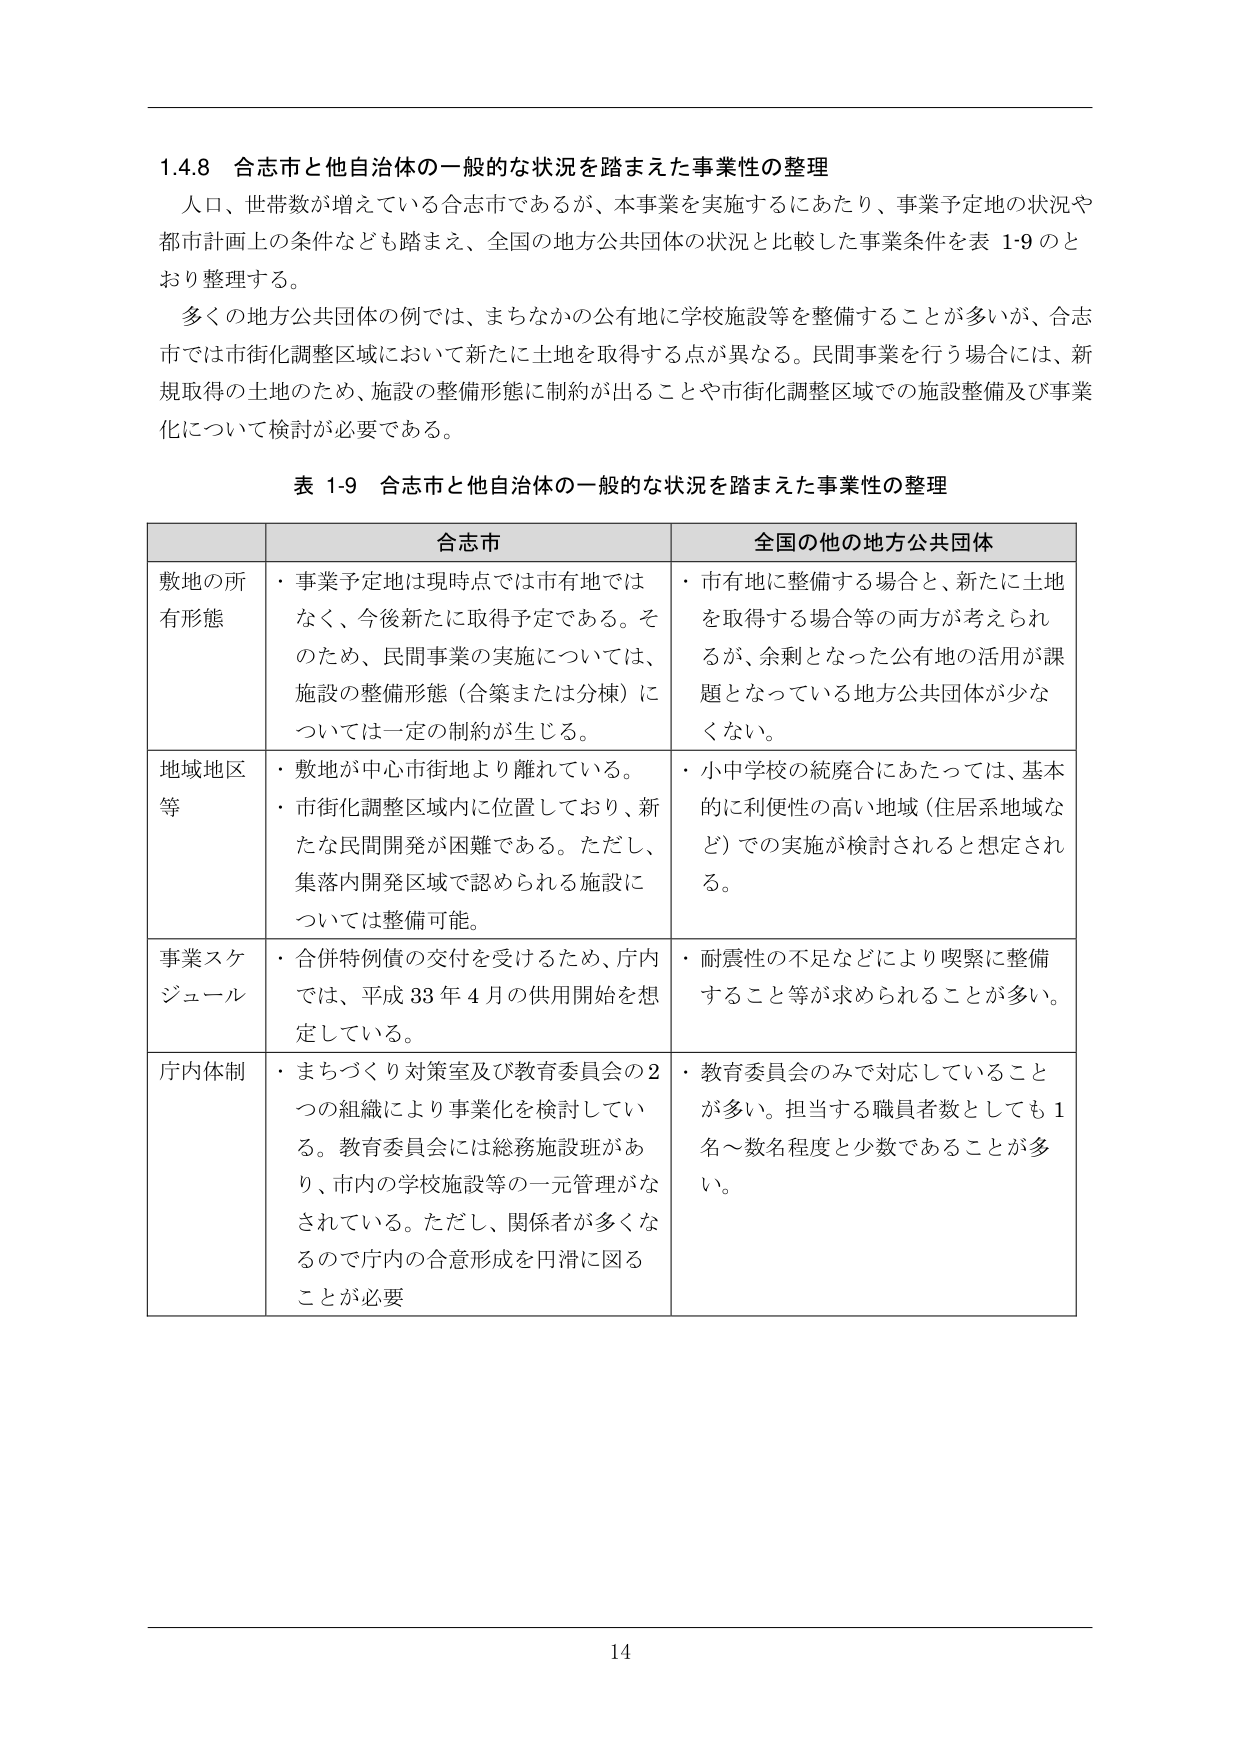
1.4.8 合志市と他自治体の一般的な状況を踏まえた事業性の整理
人口、世帯数が増えている合志市であるが、本事業を実施するにあたり、事業予定地の状況や都市計画上の条件なども踏まえ、全国の地方公共団体の状況と比較した事業条件を表 1-9 のとおり整理する。
多くの地方公共団体の例では、まちなかの公有地に学校施設等を整備することが多いが、合志市では市街化調整区域において新たに土地を取得する点が異なる。民間事業を行う場合には、新規取得の土地のため、施設の整備形態に制約が出ることや市街化調整区域での施設整備及び事業化について検討が必要である。

表 1-9 合志市と他自治体の一般的な状況を踏まえた事業性の整理

| | 合志市 | 全国の他の地方公共団体 |
|---|---|---|
| 敷地の所有形態 | ・事業予定地は現時点では市有地ではなく、今後新たに取得予定である。そのため、民間事業の実施については、施設の整備形態（合築または分棟）については一定の制約が生じる。 | ・市有地に整備する場合と、新たに土地を取得する場合等の両方が考えられるが、余剰となった公有地の活用が課題となっている地方公共団体が少なくない。 |
| 地域地区等 | ・敷地が中心市街地より離れている。<br>・市街化調整区域内に位置しており、新たな民間開発が困難である。ただし、集落内開発区域で認められる施設については整備可能。 | ・小中学校の統廃合にあたっては、基本的に利便性の高い地域（住居系地域など）での実施が検討されると想定される。 |
| 事業スケジュール | ・合併特例債の交付を受けるため、庁内では、平成 33 年 4 月の供用開始を想定している。 | ・耐震性の不足などにより喫緊に整備すること等が求められることが多い。 |
| 庁内体制 | ・まちづくり対策室及び教育委員会の2つの組織により事業化を検討している。教育委員会には総務施設班があり、市内の学校施設等の一元管理がなされている。ただし、関係者が多くなるので庁内の合意形成を円滑に図ることが必要 | ・教育委員会のみで対応していることが多い。担当する職員者数としても1名～数名程度と少数であることが多い。 |

14